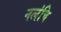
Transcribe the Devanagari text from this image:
नलंचि